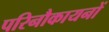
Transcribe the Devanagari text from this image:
परिनौकायनों